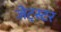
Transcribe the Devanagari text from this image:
जेट्स्टर